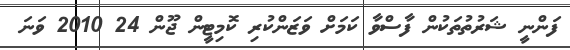
ފަންނީ ޝަރުތުތަކުން ފާސްވާ ކަމަށް ވަޒަންކުރި ކޮމިޓީން ޖޫން 24 2010 ވަނަ